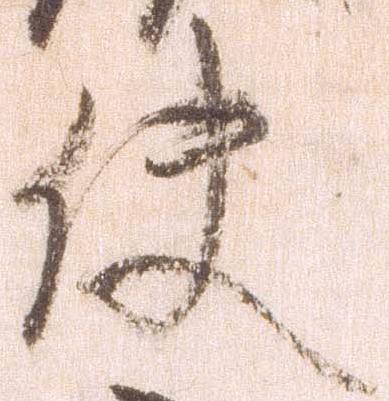
使